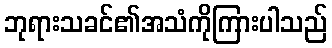
ဘုရားသခင်၏အသံကိုကြားပါသည်